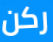
ركن